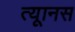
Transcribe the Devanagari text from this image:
त्यूानस